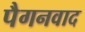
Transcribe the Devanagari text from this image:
पैगनवाद